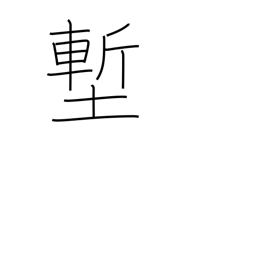
Meaning: ditch